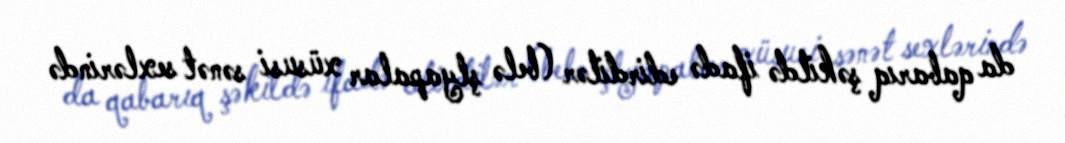
da qabarıq şəkildə ifadə edirdilər (belə şlyapalar xüsusi sənət sexlərində